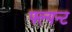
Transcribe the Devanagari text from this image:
फ्ल्यन्ट